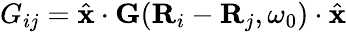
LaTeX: G_{ij}=\hat{\mathbf{x}}\cdot{\mathbf G}({\mathbf R}_{i}-{\mathbf R}_{j},\omega_{0})\cdot\hat{\mathbf{x}}